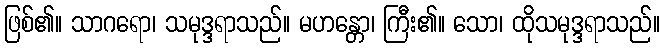
ဖြစ်၏။ သာဂရော၊ သမုဒ္ဒရာသည်။ မဟန္တော၊ ကြီး၏။ သော၊ ထိုသမုဒ္ဒရာသည်။